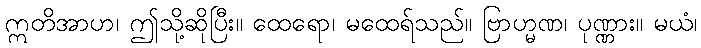
ဣတိအာဟ၊ ဤသို့ဆိုပြီး။ ထေရော၊ မထေရ်သည်။ ဗြာဟ္မဏ၊ ပုဏ္ဏား။ မယံ၊